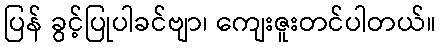
ပြန် ခွင့်ပြုပါခင်ဗျာ၊ ကျေးဇူးတင်ပါတယ်။